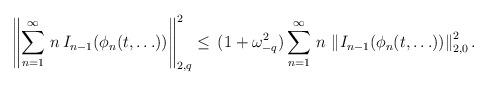
LaTeX: \begin{align*}\left\|\sum_{n=1}^\infty\,n\,I_{n-1}(\phi_n(t,\ldots))\right\|_{2,q}^2\leq\,(1+\omega_{-q}^2)\sum_{n=1}^\infty\,n\,\left\|I_{n-1}(\phi_n(t,\ldots))\right\|_{2,0}^2.\end{align*}